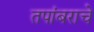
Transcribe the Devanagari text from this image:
तपांबराचे